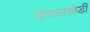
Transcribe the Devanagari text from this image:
गोपालखेडी